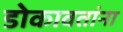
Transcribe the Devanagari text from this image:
डोकावतांना